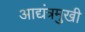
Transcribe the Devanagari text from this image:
आद्यंत्रमुखी